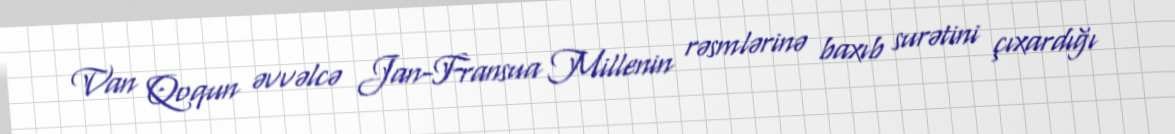
Van Qoqun əvvəlcə Jan-Fransua Millenin rəsmlərinə baxıb surətini çıxardığı